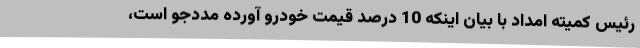
رئیس کمیته امداد با بیان اینکه 10 درصد قیمت خودرو آورده مددجو است،